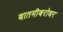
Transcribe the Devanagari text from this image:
बातमीबरोबर